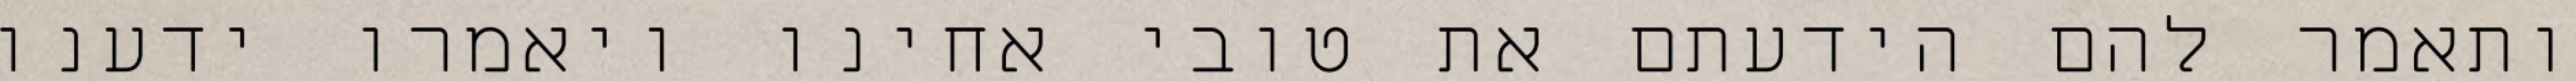
ותאמר להם הידעתם את טובי אחינו ויאמרו ידענו